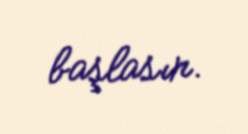
başlasın.